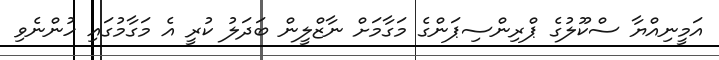
އަމީނިއްޔާ ސްކޫލުގެ ޕްރިންސިޕަންގެ މަގާމަށް ނާޒްލީން ބަދަލު ކުރީ އެ މަގާމުގައި ހުންނެވި